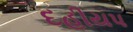
દહીયપ